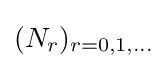
(N_{r})_{r=0,1,\ldots }